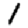
Digit: 1